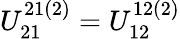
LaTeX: U_{21}^{21(2)}=U_{12}^{12(2)}